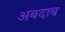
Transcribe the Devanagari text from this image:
अबदाब